Education (Scotland) Act, 1908, 1908
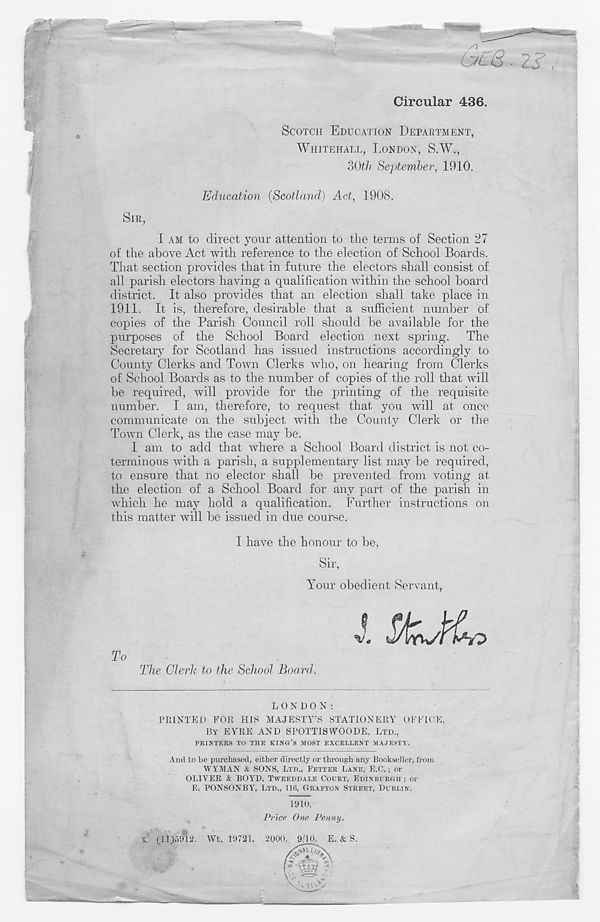
C7L6 ■ 25
Circular 436.
SCOTCH EDUCATION DEPARTMENT,
WHITEHALL, LONDON, S.W.,
oOth September, 1910.
Education {Scotland) Act, 1908.
SIR,
1 AM to direct your attention to the terms of Section 27
of the above Act with reference to the election of School Boards.
That section provides that in future the electors shall consist of
all parish electors having a qualification within the school board
district. It also provides that an election shall take place in
1911. It is, therefore, desirable that a sufficient number of
copies of the Parish Council roll should be available for the
purposes of the School Board election next spring. The
Secretary for Scotland has issued instructions accordingly to
County Clerks and Town Clerks who, on hearing from Clerks
of School Boards as to the number of copies of the roll that will
be required, will provide for the printing of the requisite
number. I am, therefore, to request that you will at once
communicate on the subject with the County Clerk or the
Town Clerk, as the case may be.
I am to add that where a School Board district is not co-
terminous with a parish, a supplementary list may be required,
to ensure that no elector shall be prevented from voting at
the election of a School Board for any part of the parish in
which he may hold a qualification. Further instructions on
this matter will be issued in due course.
I have the honour to be,
Sir,
Your obedient Servant,
To
The Clerk to the School Board.
I SfcMh.
LONDON:
PRINTED FOR HIS MAJESTY’S STATIONERY OFEIOE,
BY EYRE AND SPOTTISWOODE, LTD.,
PRINTERS TO THE KING’S MOST EXCELLENT MAJESTY.
And to be purchased, either directly or through any Bookseller, from
WYMAN & SONS, LTD., FETTER LANE, E.O.; or
OLIVER & BOYD, TWEEDDALE COURT, EDINBURGH ; or
E. PONSONBY, LTD., 116, GRAFTON STREET, DUBLIN.
1910.
Price, One Penny.
X (liydfD. Wt. 19721. 2000. 9/10. E. & S.